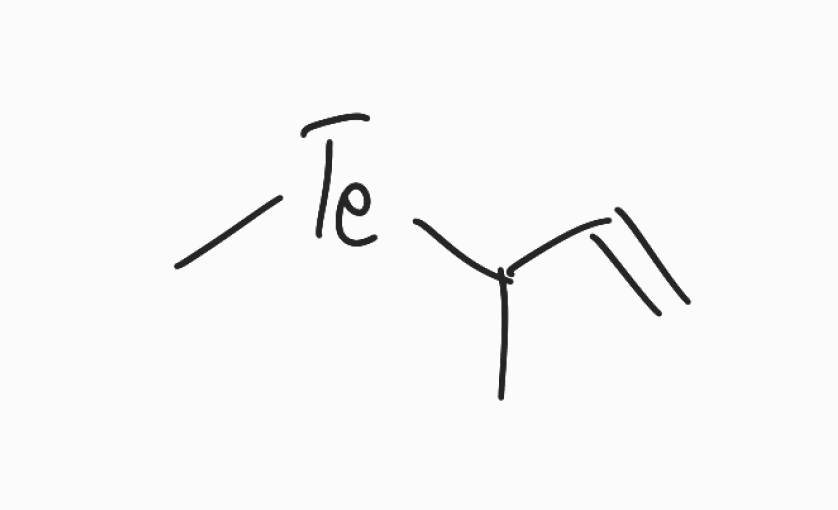
Simplified molecular-input line-entry system (SMILES) notation of the given molecule:
CC(C=C)[Te]C